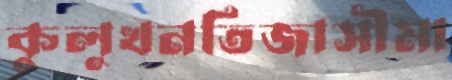
কুলুখনতিজাসীমা